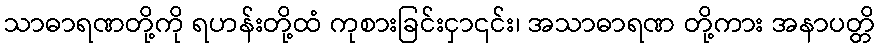
သာဓာရဏတို့ကို ရဟန်းတို့ထံ ကုစားခြင်းငှာ၎င်း၊ အသာဓာရဏ တို့ကား အနာပတ္တိ